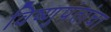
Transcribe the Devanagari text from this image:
विष्णुपंतांचा